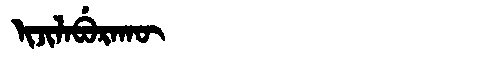
Manchu: ᡳᠵᡳᠯᠠᠪᡠᡵᠠᡴᡡ
Romanization: IJILABURAKŪ